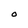
Character: O